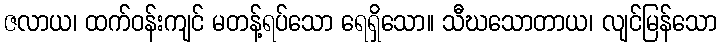
ဇလာယ၊ ထက်ဝန်းကျင် မတန့်ရပ်သော ရေရှိသော။ သီဃသောတာယ၊ လျင်မြန်သော